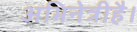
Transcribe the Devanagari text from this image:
अभिनेत्रीहै।